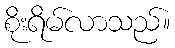
စိုးရိမ်လာသည်။